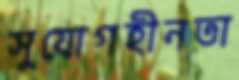
সুযোগহীনতা